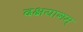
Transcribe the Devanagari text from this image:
दक्षयागम्